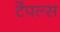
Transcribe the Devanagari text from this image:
टेंपल्स